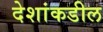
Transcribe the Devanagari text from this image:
देशांकडील